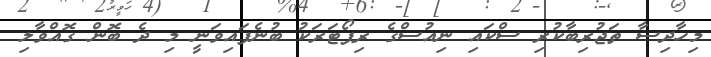
މިހާދިސާ ތަޖުރިބާކުރި ސްކައި ނިއުސްގެ ރިޕޯޓަރަކު ބުނެފައިވަނީ މި ދެ ބޮން ގޮއްވާލި